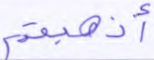
أذهبتم